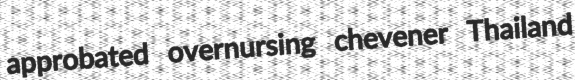
approbated overnursing chevener Thailand